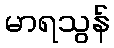
မာရသွန်